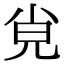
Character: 𡭪